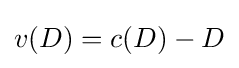
v(D)=c(D)-D